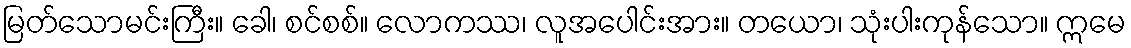
မြတ်သောမင်းကြီး။ ခေါ၊ စင်စစ်။ လောကဿ၊ လူအပေါင်းအား။ တယော၊ သုံးပါးကုန်သော။ ဣမေ